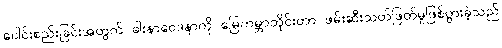
ပေါင်းစည်းခြင်းအတွက် ခါးနာဝေဒနာကို မြေကမ္ဘာတိုင်းတာ ဖမ်းဆီးသတ်ဖြတ်မှုဖြစ်ပွားခဲ့သည်